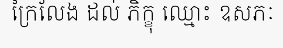
ក្រៃលែង ដល់ ភិក្ខុ ឈ្មោះ ឧសភៈ